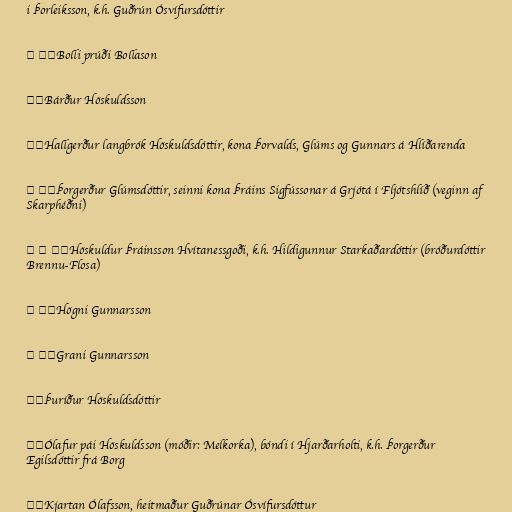
i Þorleiksson, k.h. Guðrún Ósvífursdóttir

│ ╰─Bolli prúði Bollason

├─Bárður Höskuldsson

├─Hallgerður langbrók Höskuldsdóttir, kona Þorvalds, Glúms og Gunnars á Hlíðarenda

│ ├─Þorgerður Glúmsdóttir, seinni kona Þráins Sigfússonar á Grjótá í Fljótshlíð (veginn af
Skarphéðni)

│ │ ╰─Höskuldur Þráinsson Hvítanessgoði, k.h. Hildigunnur Starkaðardóttir (bróðurdóttir
Brennu-Flosa)

│ ├─Högni Gunnarsson

│ ╰─Grani Gunnarsson

├─Þuríður Höskuldsdóttir

╰─Ólafur pái Höskuldsson (móðir: Melkorka), bóndi í Hjarðarholti, k.h. Þorgerður
Egilsdóttir frá Borg

├─Kjartan Ólafsson, heitmaður Guðrúnar Ósvífursdóttur